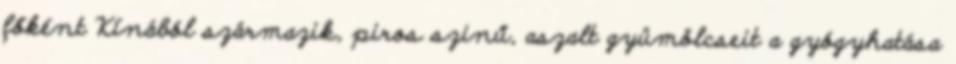
főként Kínából származik, piros szinű, aszalt gyümölcseit a gyógyhatása